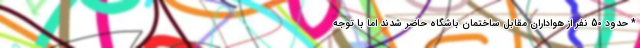
* حدود 50 نفر از هواداران مقابل ساختمان باشگاه حاضر شدند اما با توجه